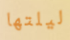
ليلتها